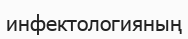
инфектологияның